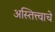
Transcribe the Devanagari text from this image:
अस्तित्त्वाचे